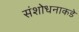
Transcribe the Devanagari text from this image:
संशोधनाकडे